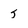
Character: 5